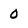
Character: 0